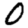
Digit: 0